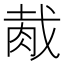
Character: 胾